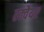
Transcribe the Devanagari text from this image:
स्‍क्‍वैयर